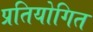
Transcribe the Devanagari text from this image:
प्रतियोगित